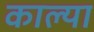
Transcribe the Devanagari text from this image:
काल्या